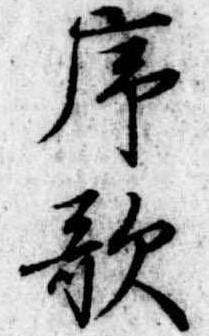
序歌